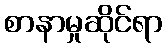
စာနာမှုဆိုင်ရာ